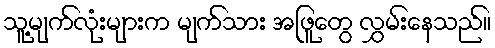
သူ့မျက်လုံးများက မျက်သား အဖြူတွေ လွှမ်းနေသည်။